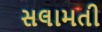
સલામતી